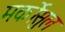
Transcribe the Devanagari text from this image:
मर्कोसुल